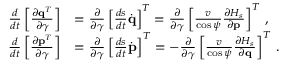
\begin{array} { r l } { \frac { d } { d t } \left[ \frac { \partial { \bf q } ^ { T } } { \partial \boldsymbol { \gamma } } \right] } & { = \frac { \partial } { \partial \boldsymbol { \gamma } } \left[ \frac { d s } { d t } \dot { \bf q } \right] ^ { T } = \frac { \partial } { \partial \boldsymbol { \gamma } } \left[ \frac { v } { \cos \psi } \frac { \partial { \cal H } _ { s } } { \partial { \bf p } } \right] ^ { T } \, , } \\ { \frac { d } { d t } \left[ \frac { \partial { \bf p } ^ { T } } { \partial \boldsymbol { \gamma } } \right] } & { = \frac { \partial } { \partial \boldsymbol { \gamma } } \left[ \frac { d s } { d t } \dot { \bf p } \right] ^ { T } = - \frac { \partial } { \partial \boldsymbol { \gamma } } \left[ \frac { v } { \cos \psi } \frac { \partial { \cal H } _ { s } } { \partial \bf { q } } \right] ^ { T } \, . } \end{array}